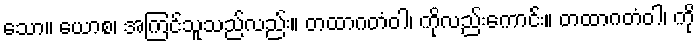
သော။ ယောစ၊ အကြင်သူသည်လည်း။ တထာဂတံဝါ၊ ကိုလည်းကောင်း။ တထာဂတံဝါ၊ ကို